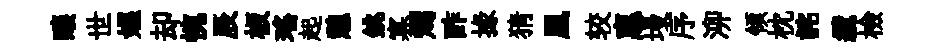
釀世媪却惋辰板瑤起憩銚寡燭酢掾猜凰较惠墁序泖領枕詫纜檢